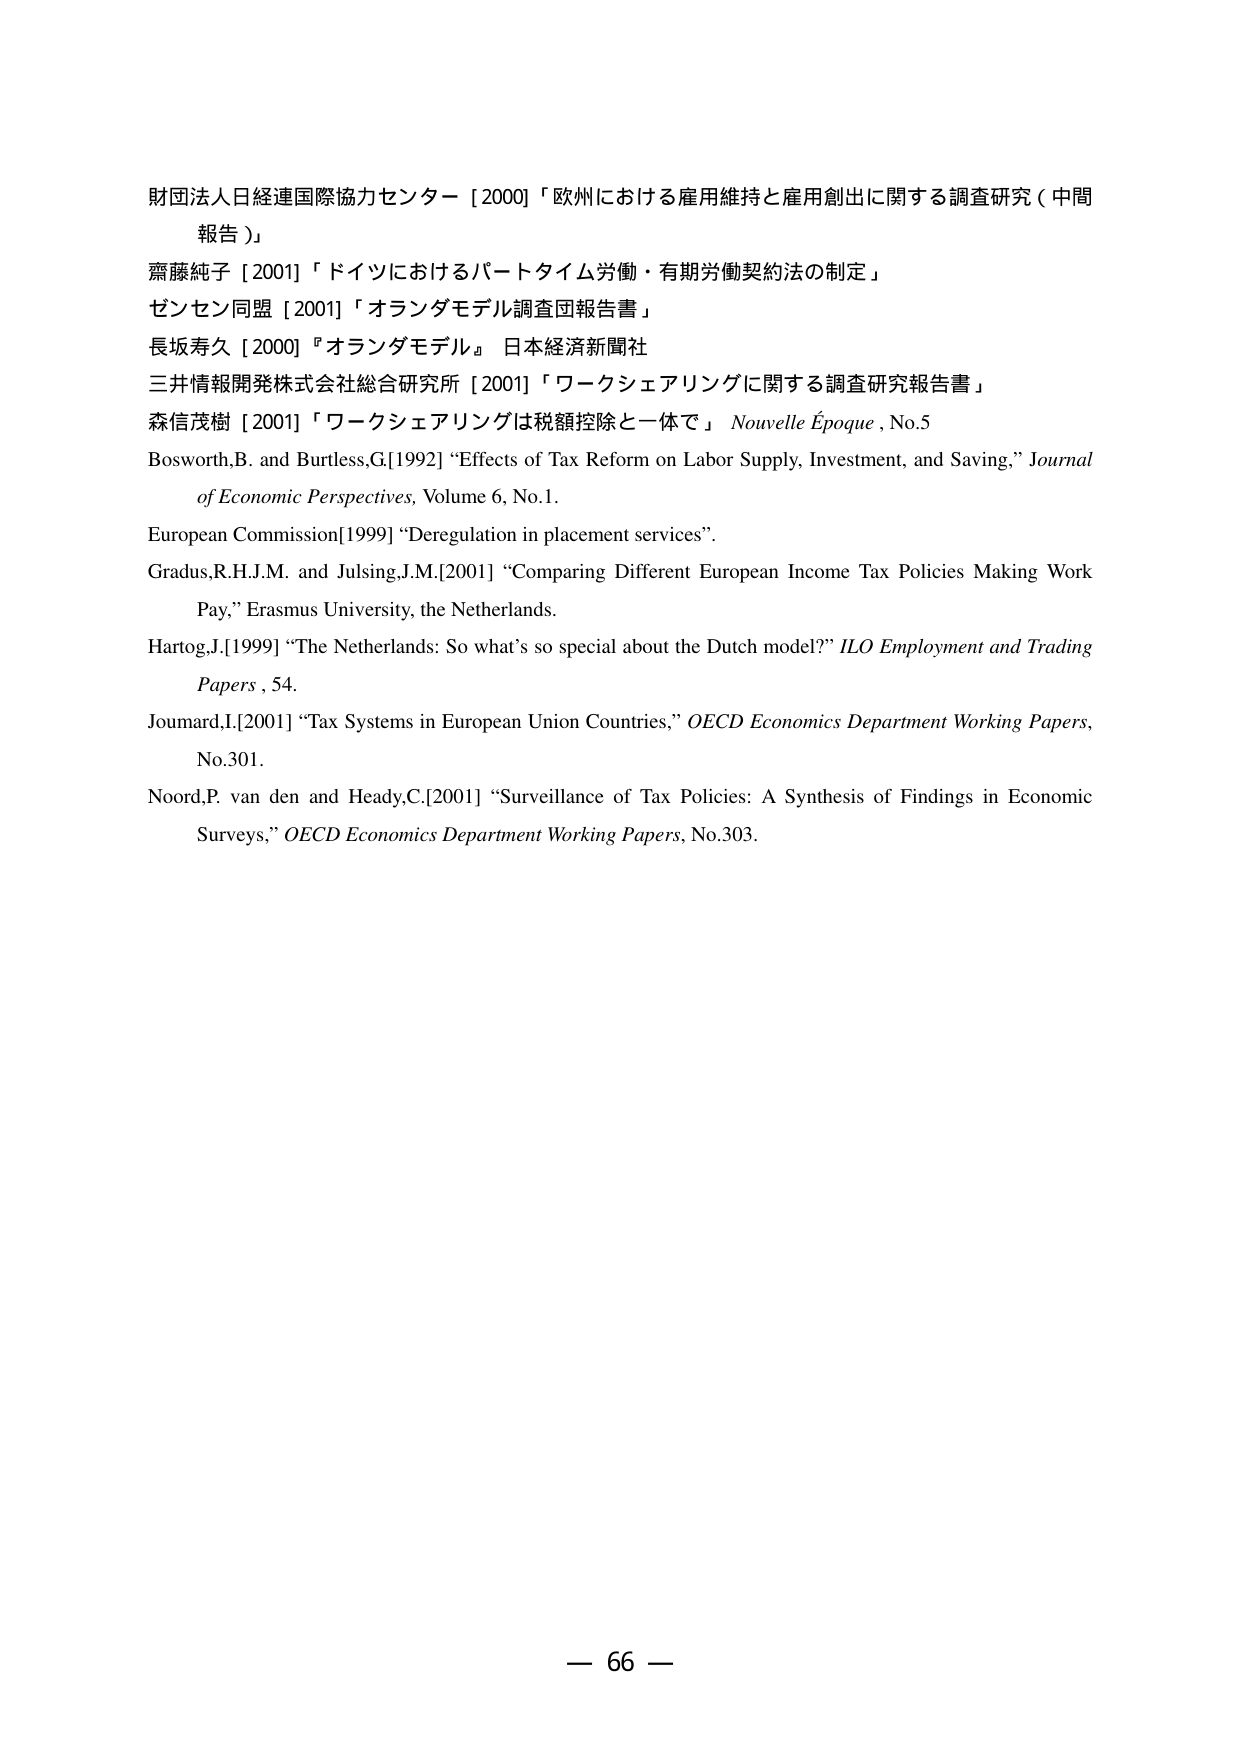
財団法人日経連国際協力センター [2000] 「欧州における雇用維持と雇用創出に関する調査研究（中間報告）」
齋藤純子 [2001] 「ドイツにおけるパートタイム労働・有期労働契約法の制定」
ゼンセン同盟 [2001] 「オランダモデル調査団報告書」
長坂寿久 [2000] 『オランダモデル』 日本経済新聞社
三井情報開発株式会社総合研究所 [2001] 「ワークシェアリングに関する調査研究報告書」
森信茂樹 [2001] 「ワークシェアリングは税額控除と一体で」 Nouvelle Époque, No.5
Bosworth,B. and Burtless,G.[1992] “Effects of Tax Reform on Labor Supply, Investment, and Saving,” Journal of Economic Perspectives, Volume 6, No.1.
European Commission[1999] “Deregulation in placement services”.
Gradus,R.H.J.M. and Julsing,J.M.[2001] “Comparing Different European Income Tax Policies Making Work Pay,” Erasmus University, the Netherlands.
Hartog,J.[1999] “The Netherlands: So what’s so special about the Dutch model?” ILO Employment and Trading Papers, 54.
Joumard,I.[2001] “Tax Systems in European Union Countries,” OECD Economics Department Working Papers, No.301.
Noord,P. van den and Heady,C.[2001] “Surveillance of Tax Policies: A Synthesis of Findings in Economic Surveys,” OECD Economics Department Working Papers, No.303.
— 66 —